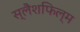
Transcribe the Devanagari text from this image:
स्लैशफिल्म